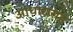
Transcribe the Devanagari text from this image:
आधारासह